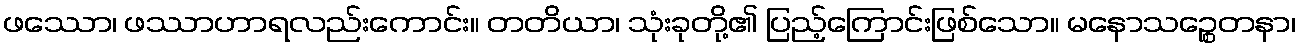
ဖဿော၊ ဖဿာဟာရလည်းကောင်း။ တတိယာ၊ သုံးခုတို့၏ ပြည့်ကြောင်းဖြစ်သော။ မနောသဉ္စေတနာ၊